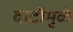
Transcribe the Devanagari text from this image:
दाटीमुळे